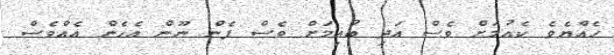
ހެއްޔެވެ ކެއުމަށް ވެސް އަދި ބުއިމަށް ވެސް ފެން ނޫން އެހެން އެއްވެސް